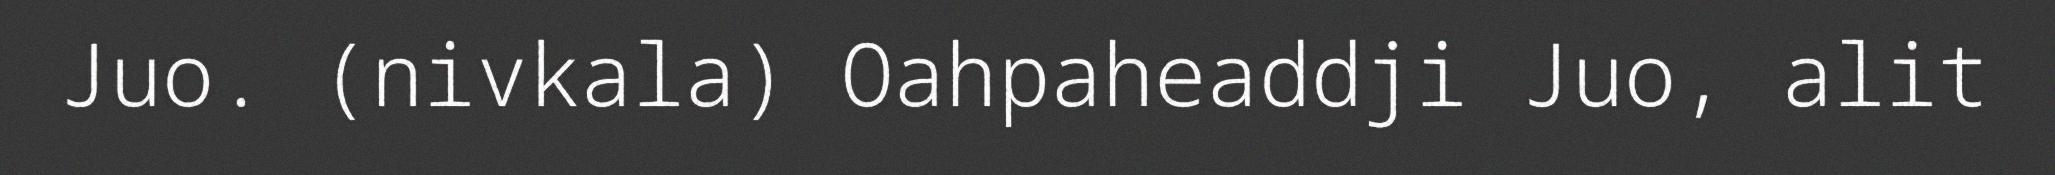
Juo. (nivkala) Oahpaheaddji Juo, alit